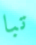
تبا